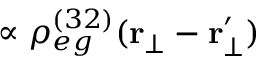
\propto \rho _ { e g } ^ { ( 3 2 ) } ( \mathbf { r } _ { \bot } - \mathbf { r } _ { \bot } ^ { \prime } )